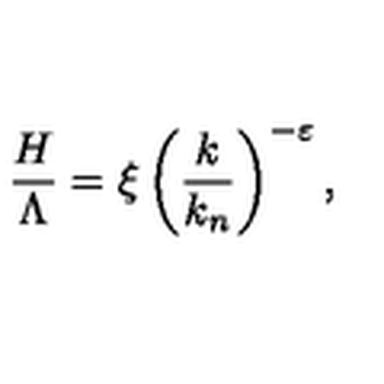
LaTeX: { \frac { H } { \Lambda } } = \xi \left( { \frac { k } { k _ { n } } } \right) ^ { - \varepsilon } ,